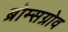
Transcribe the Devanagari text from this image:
ब्रोम्सग्रोव